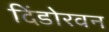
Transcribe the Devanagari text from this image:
दिंडोरवन